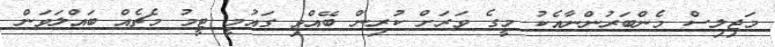
މަޖިލިސް މެންބަރުންނާއެކު މީގެ ވަރަށް ކުރިން ބޭއްވި ގައުމީ ޓީމު މެޗެއް ބައްލަވަން